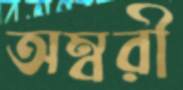
অম্বরী